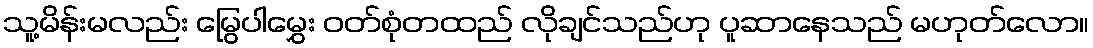
သူ့မိန်းမလည်း မြွေပါမွှေး ဝတ်စုံတထည် လိုချင်သည်ဟု ပူဆာနေသည် မဟုတ်လော။